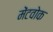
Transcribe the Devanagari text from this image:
मेंटवोक